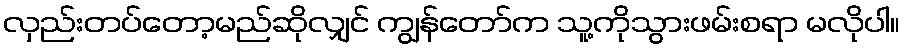
လှည်းတပ်တော့မည်ဆိုလျှင် ကျွန်တော်က သူ့ကိုသွားဖမ်းစရာ မလိုပါ။